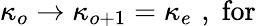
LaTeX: \kappa_{o}\rightarrow\kappa_{o+1}=\kappa_{e}\, \, ,\; \mathrm{for~}